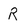
Character: R